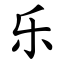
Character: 乐